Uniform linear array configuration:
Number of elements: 8
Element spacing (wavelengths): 0.75
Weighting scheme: kaiser
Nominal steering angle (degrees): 60
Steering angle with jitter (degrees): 60.797
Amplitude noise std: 0.05
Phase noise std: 0.05

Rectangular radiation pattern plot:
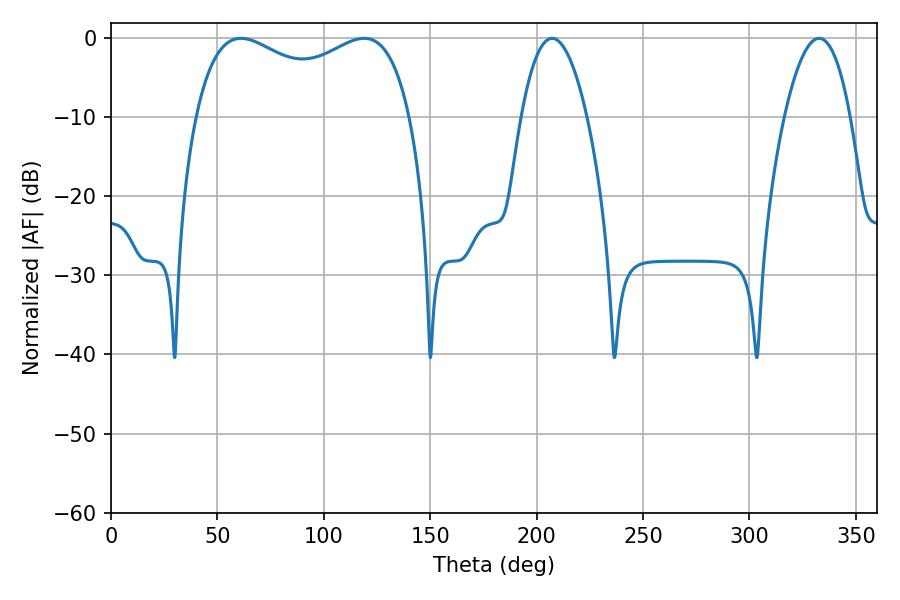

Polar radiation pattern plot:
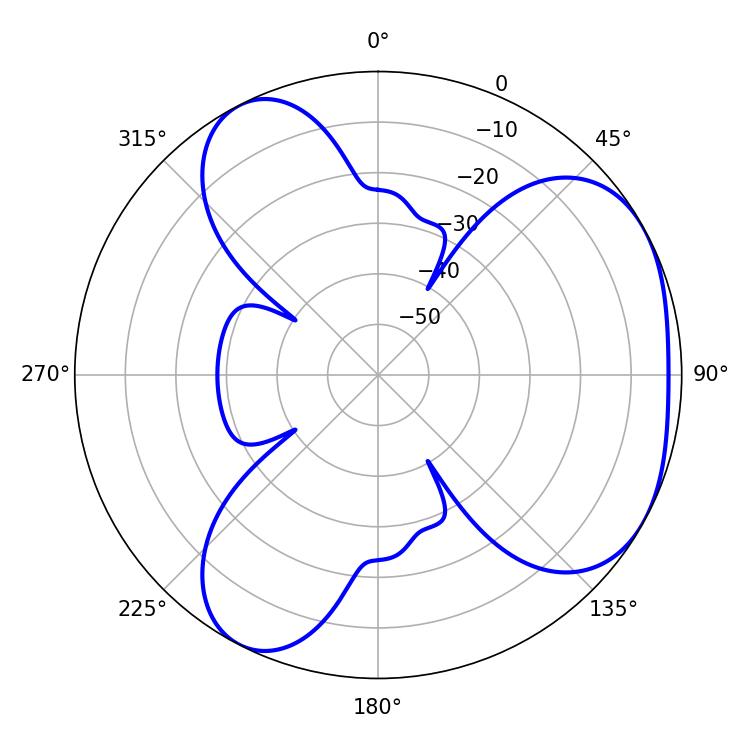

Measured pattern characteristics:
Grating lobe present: TRUE
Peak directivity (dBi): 4.047
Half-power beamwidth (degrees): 83.88
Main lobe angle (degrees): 61.02